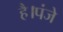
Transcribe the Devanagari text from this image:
है।पंजे